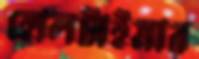
হোলটাইমার